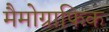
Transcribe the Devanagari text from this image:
मैमोग्राफिक